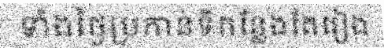
ទាំងថ្ងៃប្រកាន់ទីកន្លែងតែរៀង